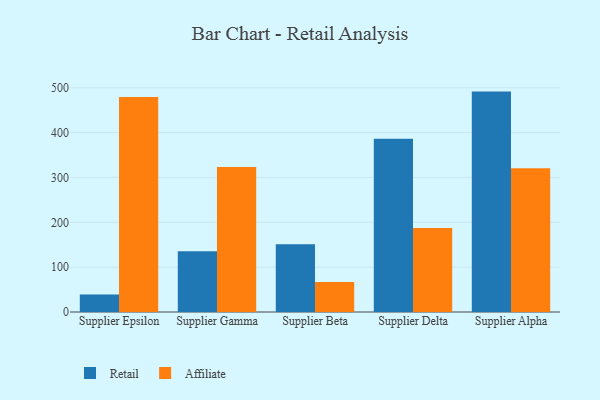
{"axis": {"x": "Supplier", "y": "Revenue (USD Million)"}, "legend": ["Affiliate", "Retail"], "data": [{"x": "Supplier Epsilon", "y": 38.9, "type": "Retail"}, {"x": "Supplier Epsilon", "y": 479.1, "type": "Affiliate"}, {"x": "Supplier Gamma", "y": 135.6, "type": "Retail"}, {"x": "Supplier Gamma", "y": 323.4, "type": "Affiliate"}, {"x": "Supplier Beta", "y": 151.3, "type": "Retail"}, {"x": "Supplier Beta", "y": 67.1, "type": "Affiliate"}, {"x": "Supplier Delta", "y": 386.3, "type": "Retail"}, {"x": "Supplier Delta", "y": 187.4, "type": "Affiliate"}, {"x": "Supplier Alpha", "y": 491.4, "type": "Retail"}, {"x": "Supplier Alpha", "y": 320.7, "type": "Affiliate"}]}